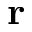
\mathbf { r }